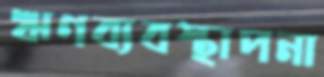
ঋণব্যবস্থাপনা